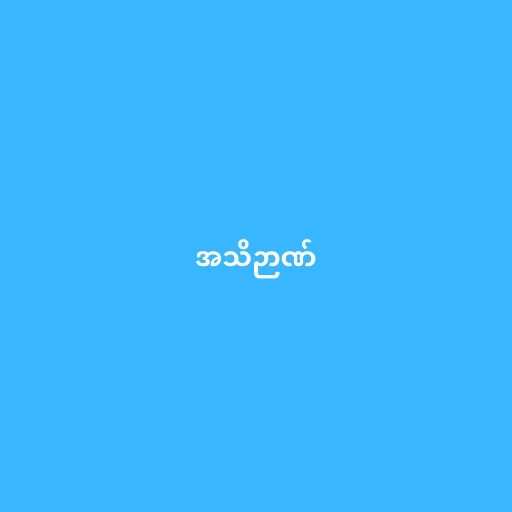
အသိဉာဏ်